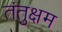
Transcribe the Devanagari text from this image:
तंतुक्षम